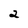
Character: 2